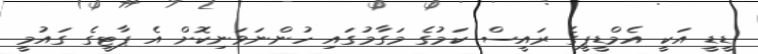
ޑީޑީ އަކީ އެމްޑީޕީގެ ރައީސް ކަމުގެ މަގާމުގައި ހުންނަވަނިކޮށް އެ ޕާޓީގެ ގައުމީ